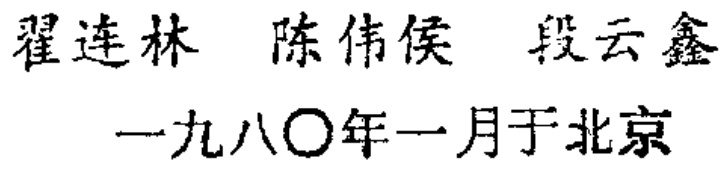
翟连林 陈伟侯 段云鑫

一九八〇年一月于北京